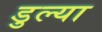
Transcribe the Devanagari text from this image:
डुल्या